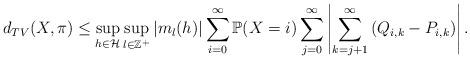
LaTeX: \begin{align*}d_{TV}(X,\pi)\leq\sup_{h\in\mathcal{H}}\sup_{l\in\mathbb{Z}^+}|m_l(h)|\sum_{i=0}^\infty\mathbb{P}(X=i)\sum_{j=0}^\infty\left|\sum_{k=j+1}^\infty\left(Q_{i,k}-P_{i,k}\right)\right|.\end{align*}